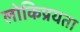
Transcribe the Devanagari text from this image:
लोकिप्रयता